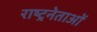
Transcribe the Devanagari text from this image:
राष्ट्रनेताओं